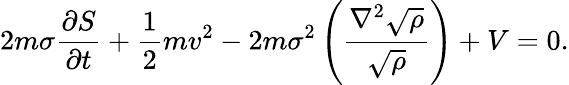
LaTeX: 2m\sigma\frac{\partial S}{\partial t}+\frac{1}{2}mv^{2}-2m\sigma^{2}\left(\frac{\nabla^{2}\sqrt{\rho}}{\sqrt{\rho}}\right)+V=0.